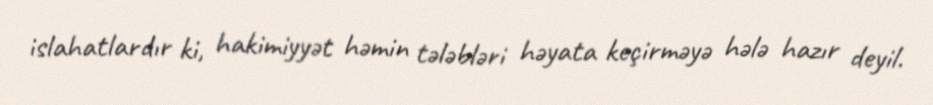
islahatlardır ki, hakimiyyət həmin tələbləri həyata keçirməyə hələ hazır deyil.